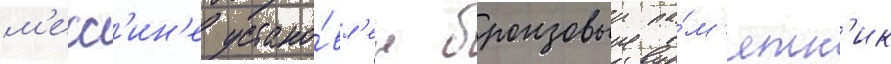
м'есс'ин'е устано́вл'ен бронзовыи па́м'ятн'ик